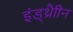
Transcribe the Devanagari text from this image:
इंड्थ्रैाीन